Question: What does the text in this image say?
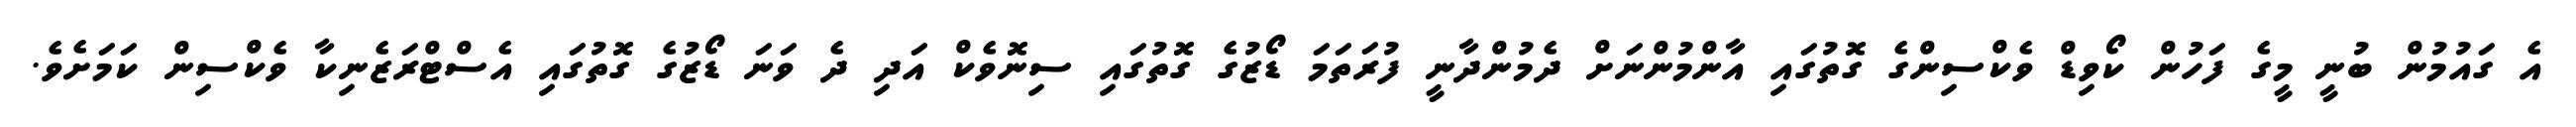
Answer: އެ ގައުމުން ބުނީ މީގެ ފަހުން ކޯވިޑް ވެކްސިންގެ ގޮތުގައި އާންމުންނަށް ދެމުންދާނީ ފުރަތަމަ ޑޯޒުގެ ގޮތުގައި ސިނޮވެކް އަދި ދެ ވަނަ ޑޯޒުގެ ގޮތުގައި އެސްޓްރަޒެނިކާ ވެކްސިން ކަމަށެވެ.